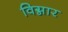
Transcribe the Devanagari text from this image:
विग्नार